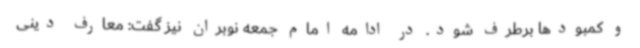
و کمبودها برطرف شود. در ادامه امام جمعه نوبران نیز گفت: معارف دینی